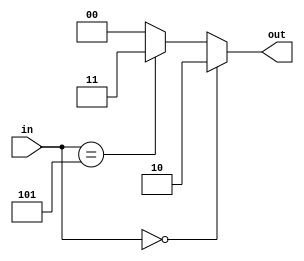
//
// Verilog supports a shorthand syntax to express long chains
// of equality tests such as:
//
//  if (var == ...) begin
//     ...
//  end else if (var == ...) begin
//      ...
//  end else if (var == ...) begin
//      ...
//  end else begin
//      ...
//  end
//
// 
// This can indeed be expressed more simply using a `case` construct.
//
// case(var)
//      value1: begin
//          // This is executed if var == value1.
//      end 
//      value2: begin
//          // This is executed if var == value1.
//      end 
//      ...
//      default: begin
//          // This is executed if var doesn't match any previous value.
//      end 
// endcase
// 
// 
//
//
// The two following modules are equivalent. 
//

module example_ifs(
    in,
    out
    );

input [2:0] in;
output reg [1:0] out;

always @(*) begin
    if (in == 3'b000) begin
        out = 2'b10;
    end else if (in == 3'b101) begin
        out = 2'b11;
    end else begin
        out = 2'b00;
    end
end

endmodule


module example_cases(
    in,
    out
    );

input [2:0] in;
output reg [1:0] out;

always @(*) begin
    case (in)
        
        3'b000: begin
            out = 2'b10;
        end 

        3'b101: begin
            out = 2'b11;
        end

        default: begin
            out = 2'b00;
        end

    endcase
end

endmodule